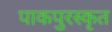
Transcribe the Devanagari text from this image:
पाकपुरस्कृत